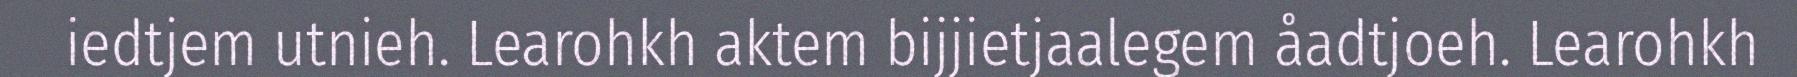
iedtjem utnieh. Learohkh aktem bijjietjaalegem åadtjoeh. Learohkh